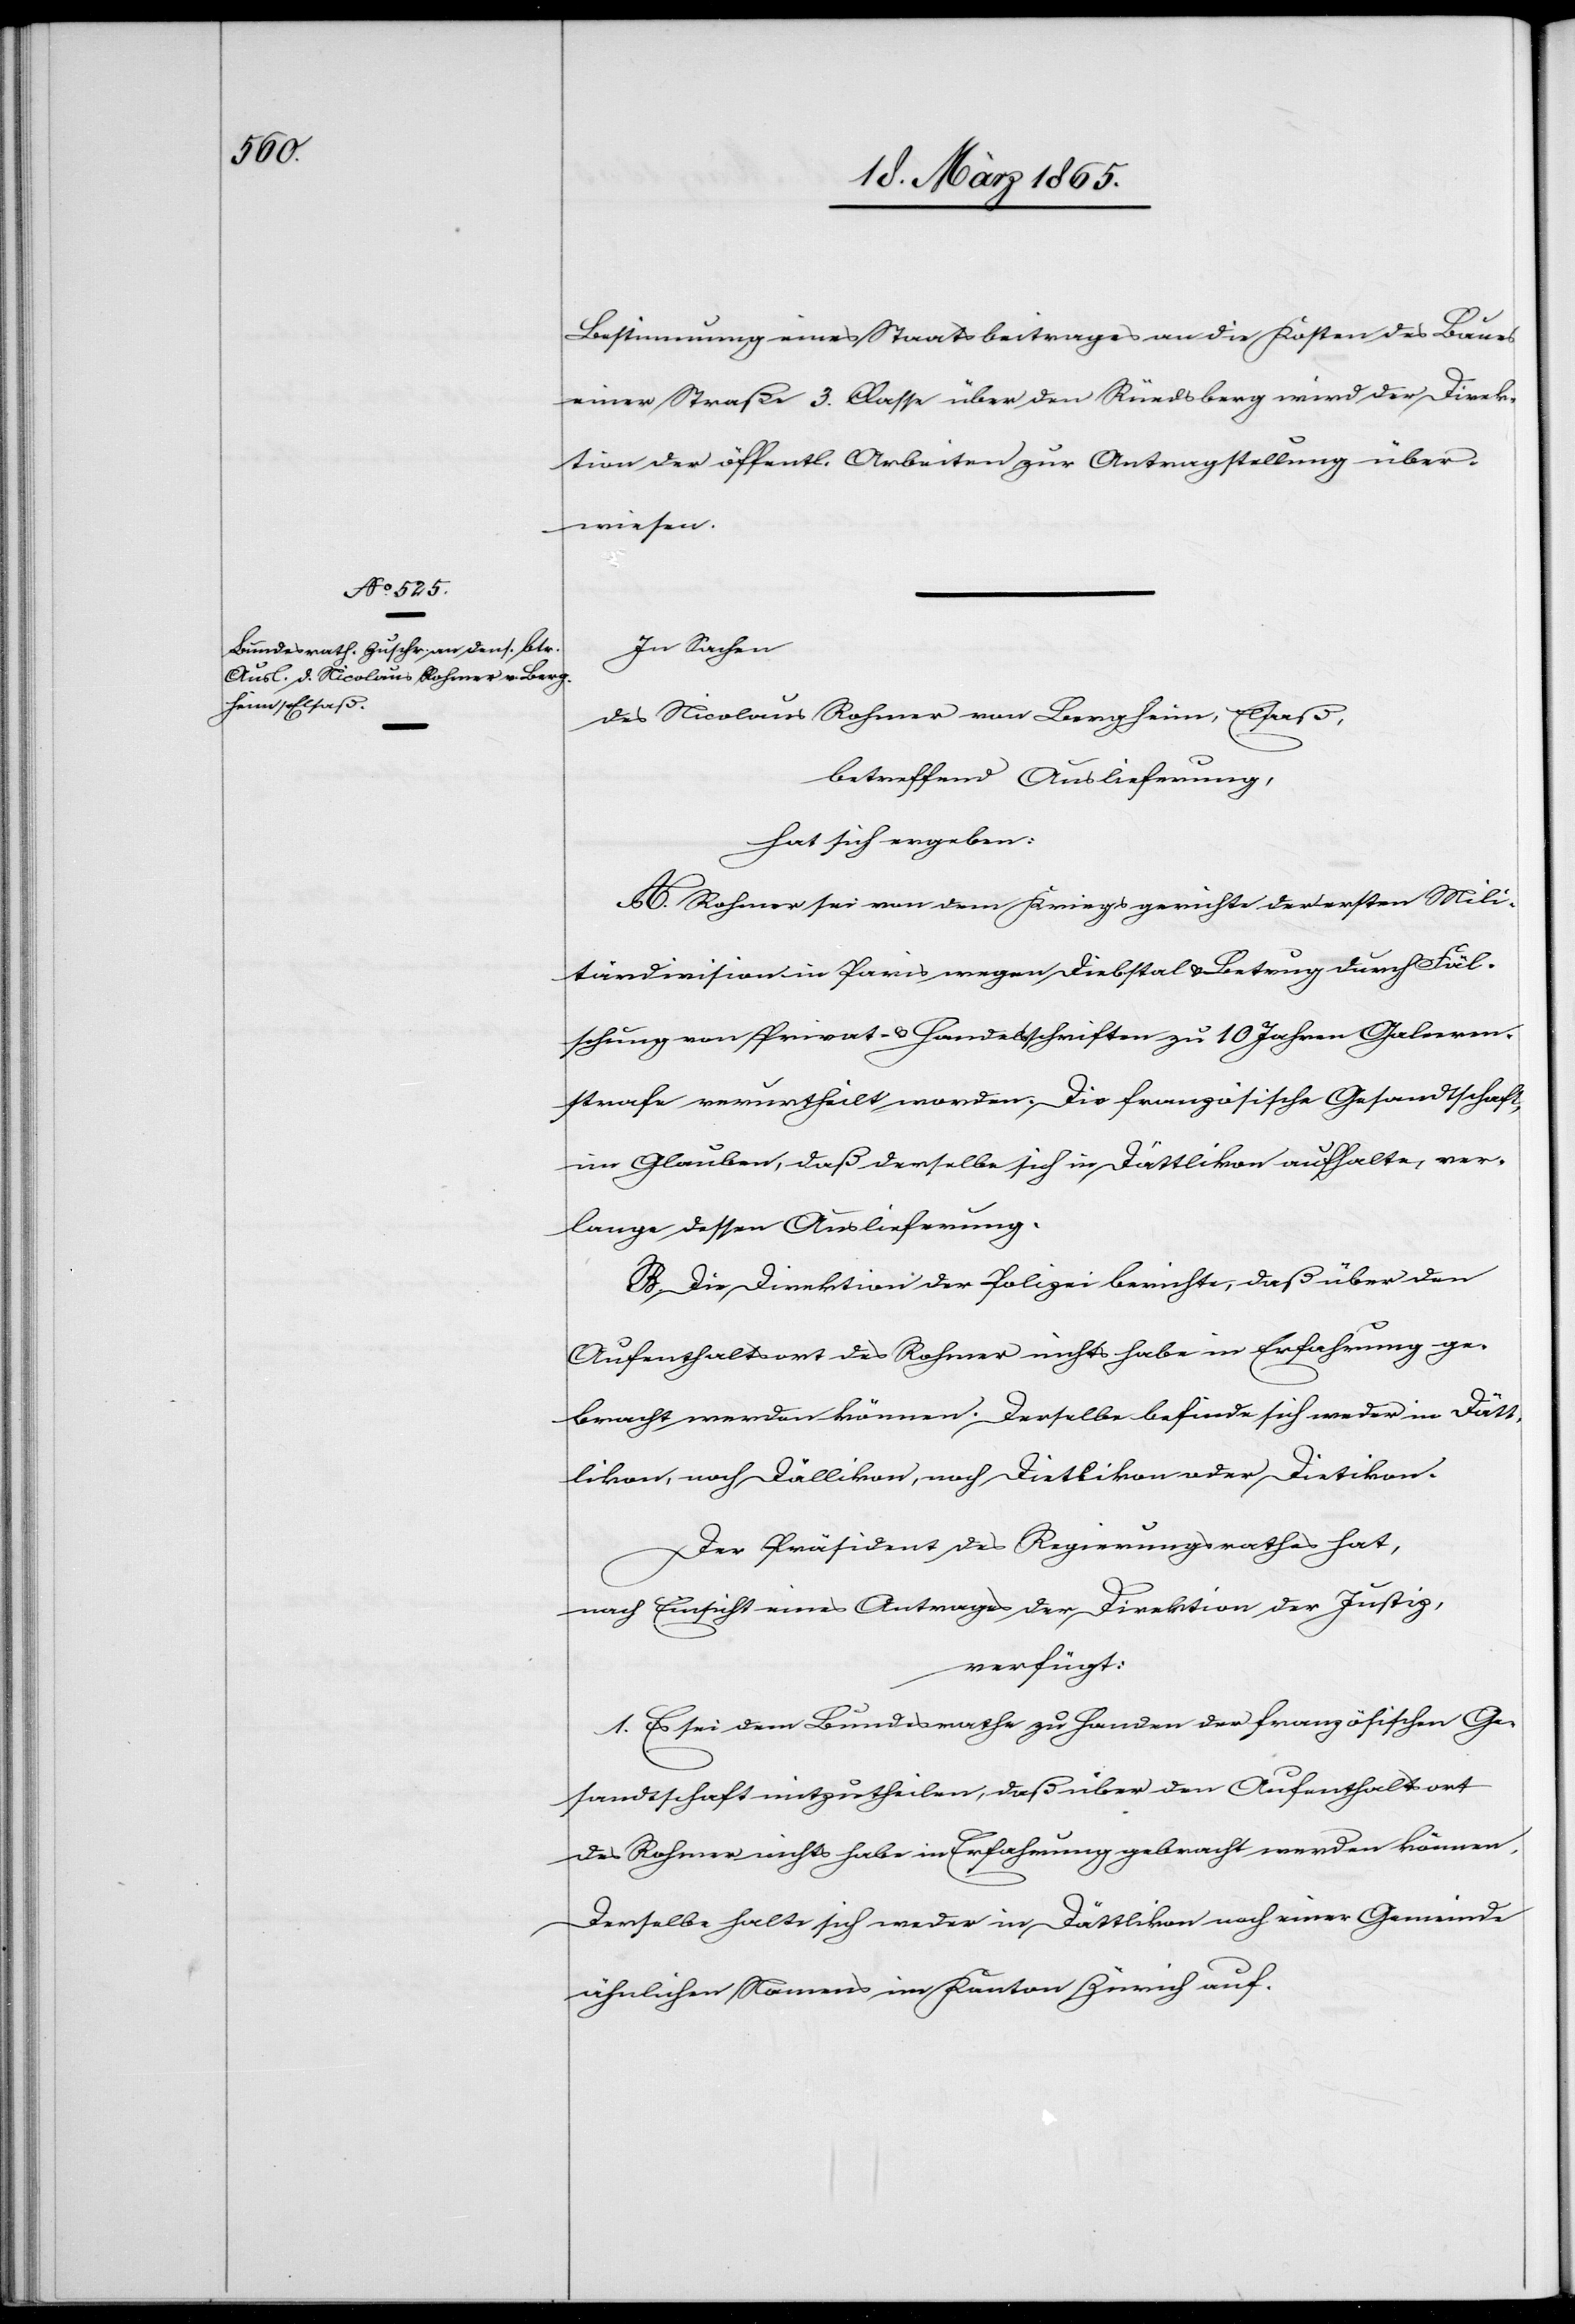
20. März 1865.]
Bestimmung eines Staatsbeitrages an die Kosten des Baues
einer Straße 3. Classe über den Rüedsberg wird der Direk¬
tion der öffentl. Arbeiten zur Antragstellung über¬
wiesen.
In Sachen
des Nicolaus Rohner von Bergheim, Elsaß,
betreffend Auslieferung,
hat sich ergeben:
A. Rohner sei von dem Kriegsgerichte der ersten Mili¬
tärdivision in Paris wegen Diebstal & Betrug durch Fäl¬
schung von Privat- & Handelsschriften zu 10 Jahren Galeeren¬
strafe verurtheilt worden. Die französische Gesandtschaft,
im Glauben, daß derselbe sich in Dättlikon aufhalte, ver¬
lange dessen Auslieferung.
B. Die Direktion der Polizei berichte, daß über den
Aufenthaltsort des Rohner nichts habe in Erfahrung ge¬
bracht werden können. Derselbe befinde sich weder in Dätt¬
likon, noch Dällikon, noch Dietlikon oder Dietikon.
Der Präsident des Regierungsrathes hat,
nach Einsicht eines Antrages der Direktion der Justiz,
verfügt:
1. Es sei dem Bundesrathe zu Handen der französischen Ge¬
sandtschaft mitzutheilen, daß über den Aufenthaltsort
des Rohner nichts habe in Erfahrung gebracht werden können.
Derselbe halte sich weder in Dättlikon noch einer Gemeinde
ähnlichen Namens im Kanton Zürich auf.